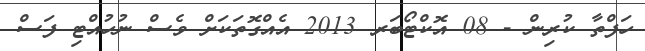
ހަފްތާ ކުރިން - 08 އޮކްޓޯބަރ 2013 އެއްގޮތަކަށް ވެސް ނުހުއްޓި ފަސް